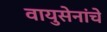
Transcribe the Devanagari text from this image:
वायुसेनांचे